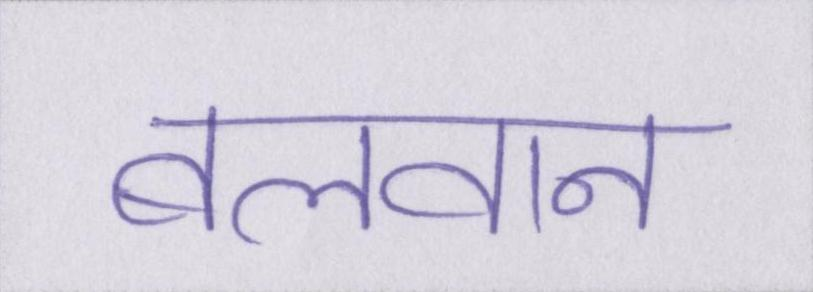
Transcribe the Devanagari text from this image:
बलवान